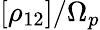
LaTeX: [\rho_{12}]/\Omega_{p}